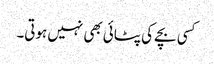
کسی بچے کی پٹائی بھی نہیں ہوتی۔